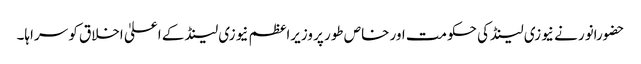
حضورانور نے نیوزی لینڈکی حکومت اور خاص طور پر وزیراعظم نیوزی لینڈ کے اعلیٰ اخلاق کو سراہا۔